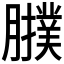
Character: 𦢟